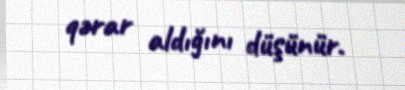
qərar aldığını düşünür.